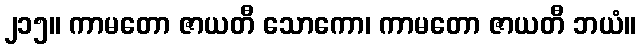
၂၁၅။ ကာမတော ဇာယတီ သောကော၊ ကာမတော ဇာယတီ ဘယံ။